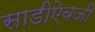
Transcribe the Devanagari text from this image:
साडीऐवजी